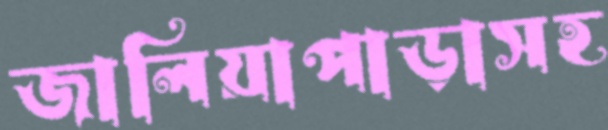
জালিয়াপাড়াসহ